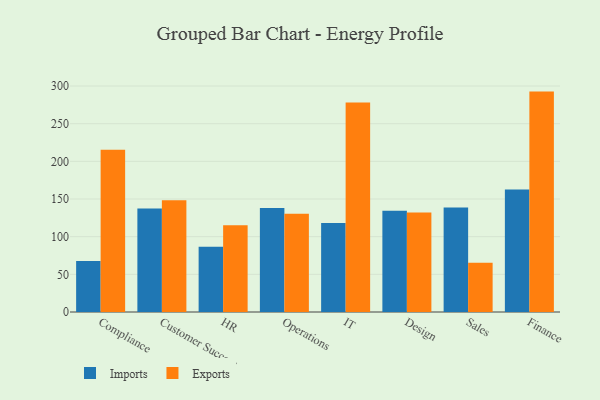
{"axis": {"x": "Department", "y": "Temperature (°C)"}, "legend": ["Exports", "Imports"], "data": [{"x": "Compliance", "y": 67.8, "type": "Imports"}, {"x": "Compliance", "y": 215.5, "type": "Exports"}, {"x": "Customer Success", "y": 137.4, "type": "Imports"}, {"x": "Customer Success", "y": 148.3, "type": "Exports"}, {"x": "HR", "y": 86.5, "type": "Imports"}, {"x": "HR", "y": 115.3, "type": "Exports"}, {"x": "Operations", "y": 138.0, "type": "Imports"}, {"x": "Operations", "y": 130.5, "type": "Exports"}, {"x": "IT", "y": 118.3, "type": "Imports"}, {"x": "IT", "y": 278.2, "type": "Exports"}, {"x": "Design", "y": 134.5, "type": "Imports"}, {"x": "Design", "y": 132.0, "type": "Exports"}, {"x": "Sales", "y": 138.6, "type": "Imports"}, {"x": "Sales", "y": 65.3, "type": "Exports"}, {"x": "Finance", "y": 162.6, "type": "Imports"}, {"x": "Finance", "y": 292.6, "type": "Exports"}]}